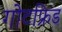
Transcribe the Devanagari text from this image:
गोटफ्रिड